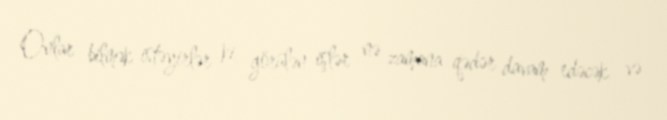
Onlar bilmək istəyirlər ki, görülən işlər nə zamana qədər davam edəcək və